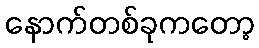
နောက်တစ်ခုကတော့